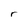
Character: r